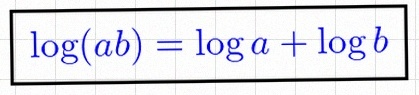
\log(ab)=\log a+\log b